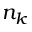
n _ { k }